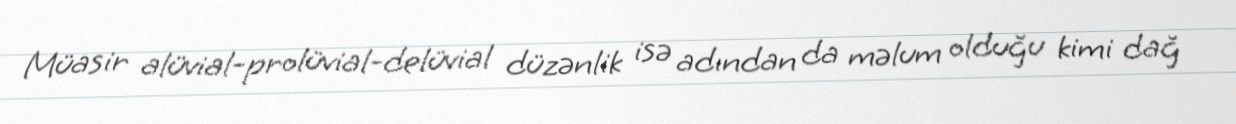
Müasir alüvial-prolüvial-delüvial düzənlik isə adından da məlum olduğu kimi dağ